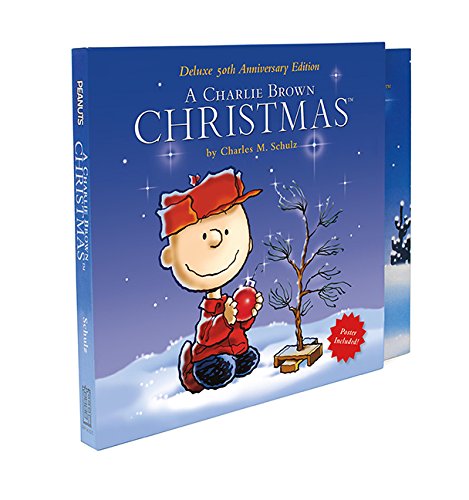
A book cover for Peanuts: A Charlie Brown Christmas (Deluxe 50th Anniversary Edition); Charles M. Schulz; Comics & Graphic Novels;